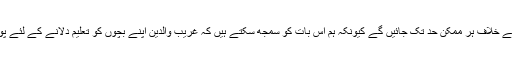
انہوں نے کہا کہ ہم اپنے ساتھ ہونے والی اس نا انصافی کے خلاف ہر ممکن حد تک جائیں گے کیونکہ ہم اس بات کو سمجھ سکتے ہیں کہ غریب والدین اپنے بچوں کو تعلیم دلانے کے لئے پورے خاندان کا پیٹ کاٹ کر اخراجات برداشت کرتے ہیں۔